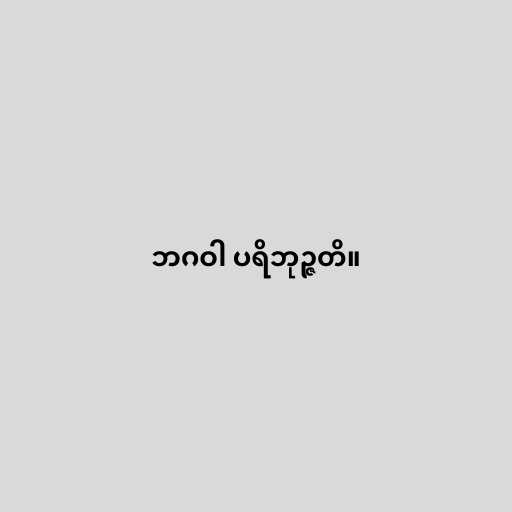
ဘဂဝါ ပရိဘုဉ္ဇတိ။